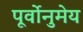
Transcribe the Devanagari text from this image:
पूर्वोनुमेय